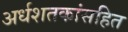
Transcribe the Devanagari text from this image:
अर्धशतकांसहित